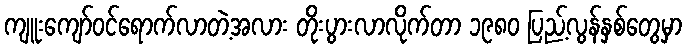
ကျူးကျော်ဝင်ရောက်လာတဲ့အလား တိုးပွားလာလိုက်တာ ၁၉၈၀ ပြည့်လွန်နှစ်တွေမှာ